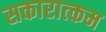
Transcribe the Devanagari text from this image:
सकारात्‍कम